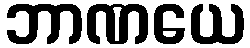
ဘာဏယေ